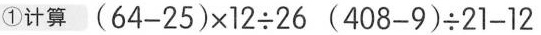
①计算 $$（64-25）\times12\div26$$ $$（408-9）\div21-12$$